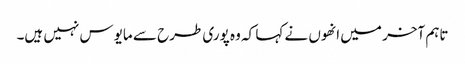
تاہم آخر میں انھوں نے کہا کہ وہ پوری طرح سے مایوس نہیں ہیں۔